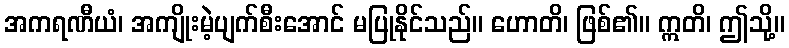
အကရဏီယံ၊ အကျိုးမဲ့ပျက်စီးအောင် မပြုနိုင်သည်။ ဟောတိ၊ ဖြစ်၏။ ဣတိ၊ ဤသို့။